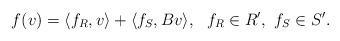
LaTeX: \begin{align*}f(v)=\langle f_R,v\rangle+\langle f_S,Bv\rangle,\ \ f_R\in R',\ f_S\in S'.\end{align*}